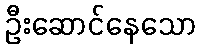
ဦးဆောင်နေသော